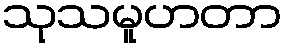
သုသမူဟတာ